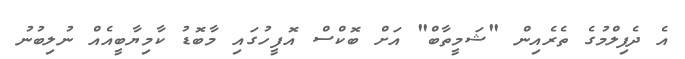
އެ ދެފިލްމުގެ ތެރެއިން "ޝަމީތާބް" އަށް ބޮކްސް އޮފީހުގައި މާބޮޑު ކާމިޔާބީއެއް ނުލިބުނު